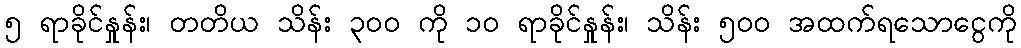
၅ ရာခိုင်နှုန်း၊ တတိယ သိန်း ၃၀၀ ကို ၁၀ ရာခိုင်နှုန်း၊ သိန်း ၅၀၀ အထက်ရသောငွေကို